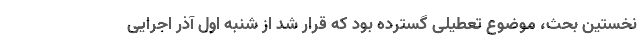
نخستین بحث، موضوع تعطیلی گسترده بود که قرار شد از شنبه اول آذر اجرایی